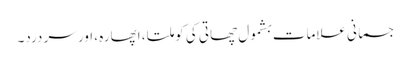
جسمانی علامات بشمول چھاتی کی کوملتا ، اپھارہ ، اور سر درد۔